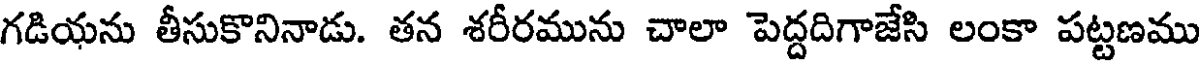
గడియను తీసుకొనినాడు. తన శరీరమును చాలా పెద్దదిగాజేసి లంకా పట్టణము